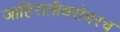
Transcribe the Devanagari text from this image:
जाहिरातीबरोबरच